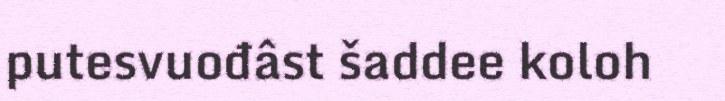
putesvuođâst šaddee koloh